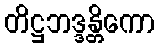
တိဋ္ဌဘဒ္ဒန္တိကော